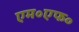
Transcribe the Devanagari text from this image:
एम॰एफ॰